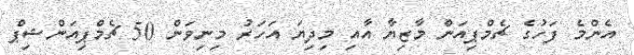
އެންމެ ފަހުގެ ޗެމްޕިއަން މާޒިޔާ އާއި މިދިޔަ އަހަރު މިނިވަން 50 ޗެމްޕިއަންޝިޕް